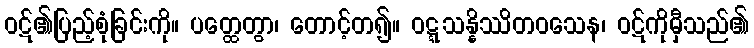
ဝဋ်၏ပြည့်စုံခြင်းကို။ ပတ္ထေတွာ၊ တောင့်တ၍။ ဝဋ္ဋသန္နိဿိတဝသေန၊ ဝဋ်ကိုမှီသည်၏